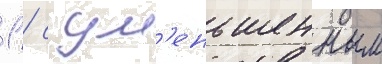
1 / с ум'еньшенным